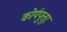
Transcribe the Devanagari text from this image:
कोर्यपुत्तूर